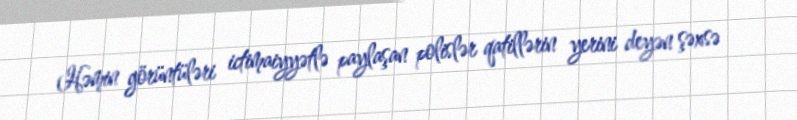
Həmin görüntüləri ictimaiyyətlə paylaşan polislər qatillərin yerini deyən şəxsə